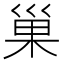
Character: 巢